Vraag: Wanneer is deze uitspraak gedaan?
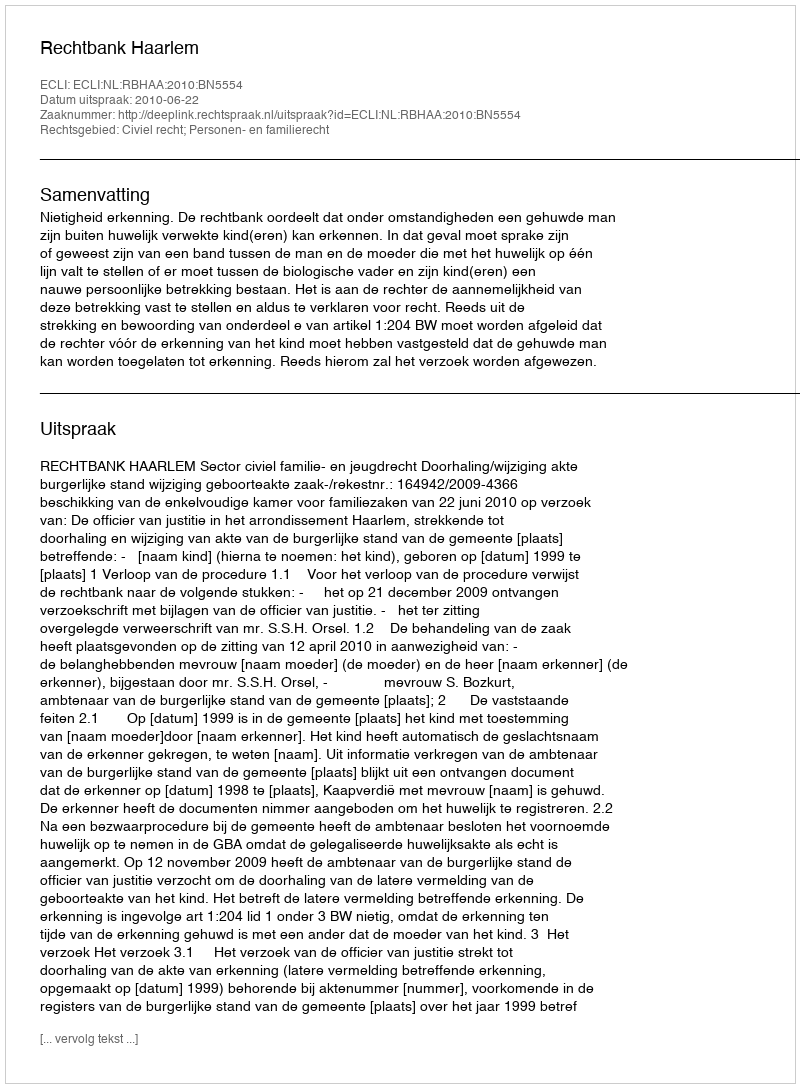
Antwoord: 2010-06-22